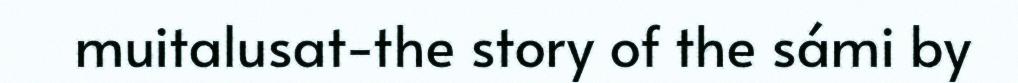
muitalusat-the story of the sámi by